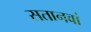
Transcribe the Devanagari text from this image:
सतानवां